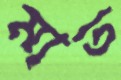
মাত